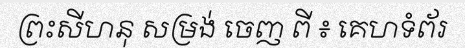
ព្រះសីហនុ សម្រង់ ចេញ ពី ៖ គេហទំព័រ